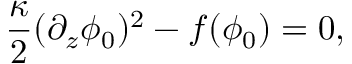
\frac { \kappa } { 2 } ( \partial _ { z } \phi _ { 0 } ) ^ { 2 } - f ( \phi _ { 0 } ) = 0 ,